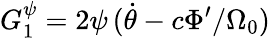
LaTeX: G_{1}^{\psi}=2\psi\, (\dot{\theta}-c\Phi^{\prime}/\Omega_{0})